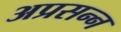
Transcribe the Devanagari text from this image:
अप्रसन्‍न